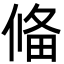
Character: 偹